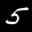
Label: 5